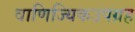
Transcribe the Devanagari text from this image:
वाणिज्यिकउपग्रह